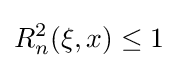
R_{n}^{2}(\xi ,x)\leq 1